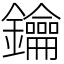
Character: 鑰